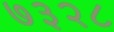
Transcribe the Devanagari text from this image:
७३२८